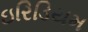
ઇરિડિયમ